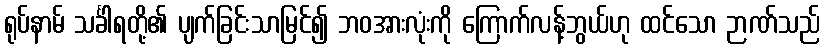
ရုပ်နာမ် သင်္ခါရတို့၏ ပျက်ခြင်းသာမြင်၍ ဘဝအားလုံးကို ကြောက်လန့်ဘွယ်ဟု ထင်သော ဉာဏ်သည်